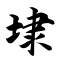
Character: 埭